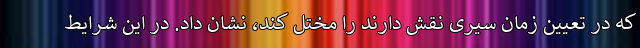
که در تعیین زمان سیری نقش دارند را مختل کند، نشان داد. در این شرایط